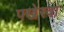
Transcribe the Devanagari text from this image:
पखेरवा